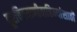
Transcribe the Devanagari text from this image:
दूरचित्रवाणीवाहिन्यांसाठी